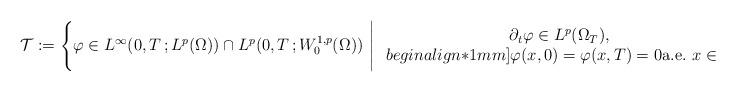
LaTeX: \begin{align*}\mathcal{T} : = \left\{ \varphi \in L^\infty(0,T\,; L^p(\Omega)) \cap L^p (0, T\,; W^{1, p}_0 (\Omega)) \,\,\Bigg|\left.\begin{array}{c}\partial_t \varphi \in L^p(\Omega_T), \\begin{align*}1mm]\varphi (x,0)= \varphi (x,T)=0 \textrm{a.e.}\,\, x \in \Omega \end{array}\right.\right\},\end{align*}